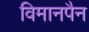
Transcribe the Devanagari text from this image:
विमानपैन